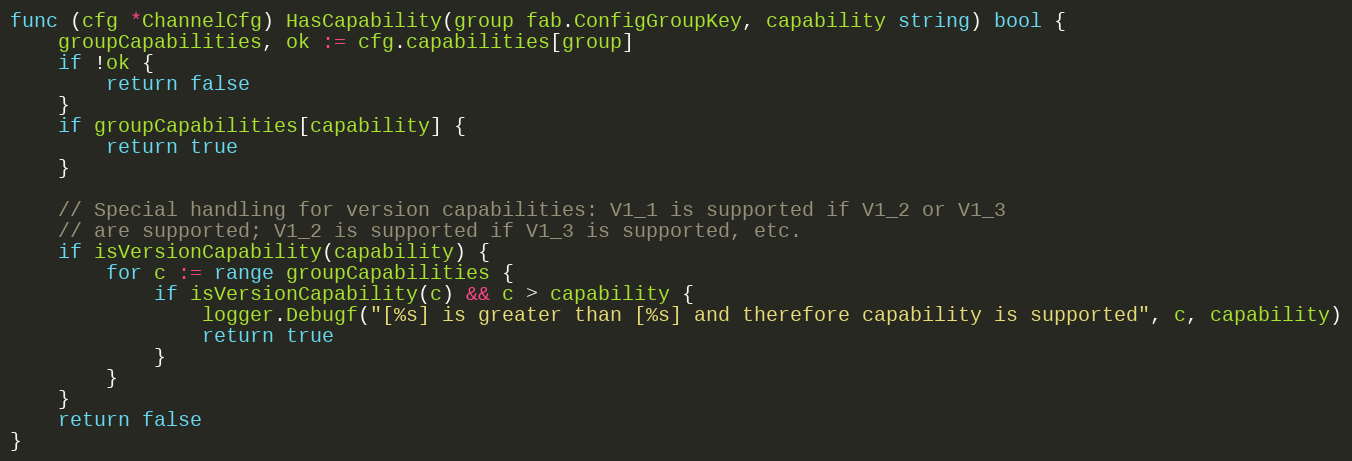
Language: Go
func (cfg *ChannelCfg) HasCapability(group fab.ConfigGroupKey, capability string) bool {
	groupCapabilities, ok := cfg.capabilities[group]
	if !ok {
		return false
	}
	if groupCapabilities[capability] {
		return true
	}

	// Special handling for version capabilities: V1_1 is supported if V1_2 or V1_3
	// are supported; V1_2 is supported if V1_3 is supported, etc.
	if isVersionCapability(capability) {
		for c := range groupCapabilities {
			if isVersionCapability(c) && c > capability {
				logger.Debugf("[%s] is greater than [%s] and therefore capability is supported", c, capability)
				return true
			}
		}
	}
	return false
}